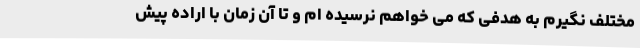
مختلف نگیرم به هدفی که می خواهم نرسیده ام و تا آن زمان با اراده پیش